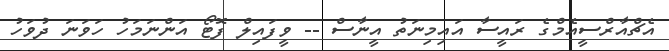
އެޗްއާރްސީއެމްގެ ރައީސާ އައިމިނަތު އީނާސް -- ވީފައިލް ފޮޓޯ އަންނަމަހު ހަވަނަ ދުވަހު